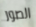
الصور